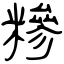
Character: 糝